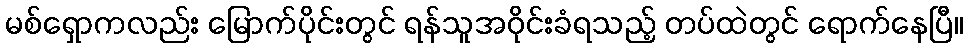
မစ်ရှောကလည်း မြောက်ပိုင်းတွင် ရန်သူအဝိုင်းခံရသည့် တပ်ထဲတွင် ရောက်နေပြီ။